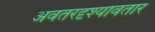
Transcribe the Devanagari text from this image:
अवतरदृश्यावतार